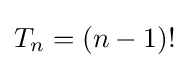
T_{n}=(n-1)!